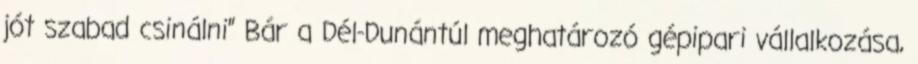
jót szabad csinálni” Bár a Dél-Dunántúl meghatározó gépipari vállalkozása,